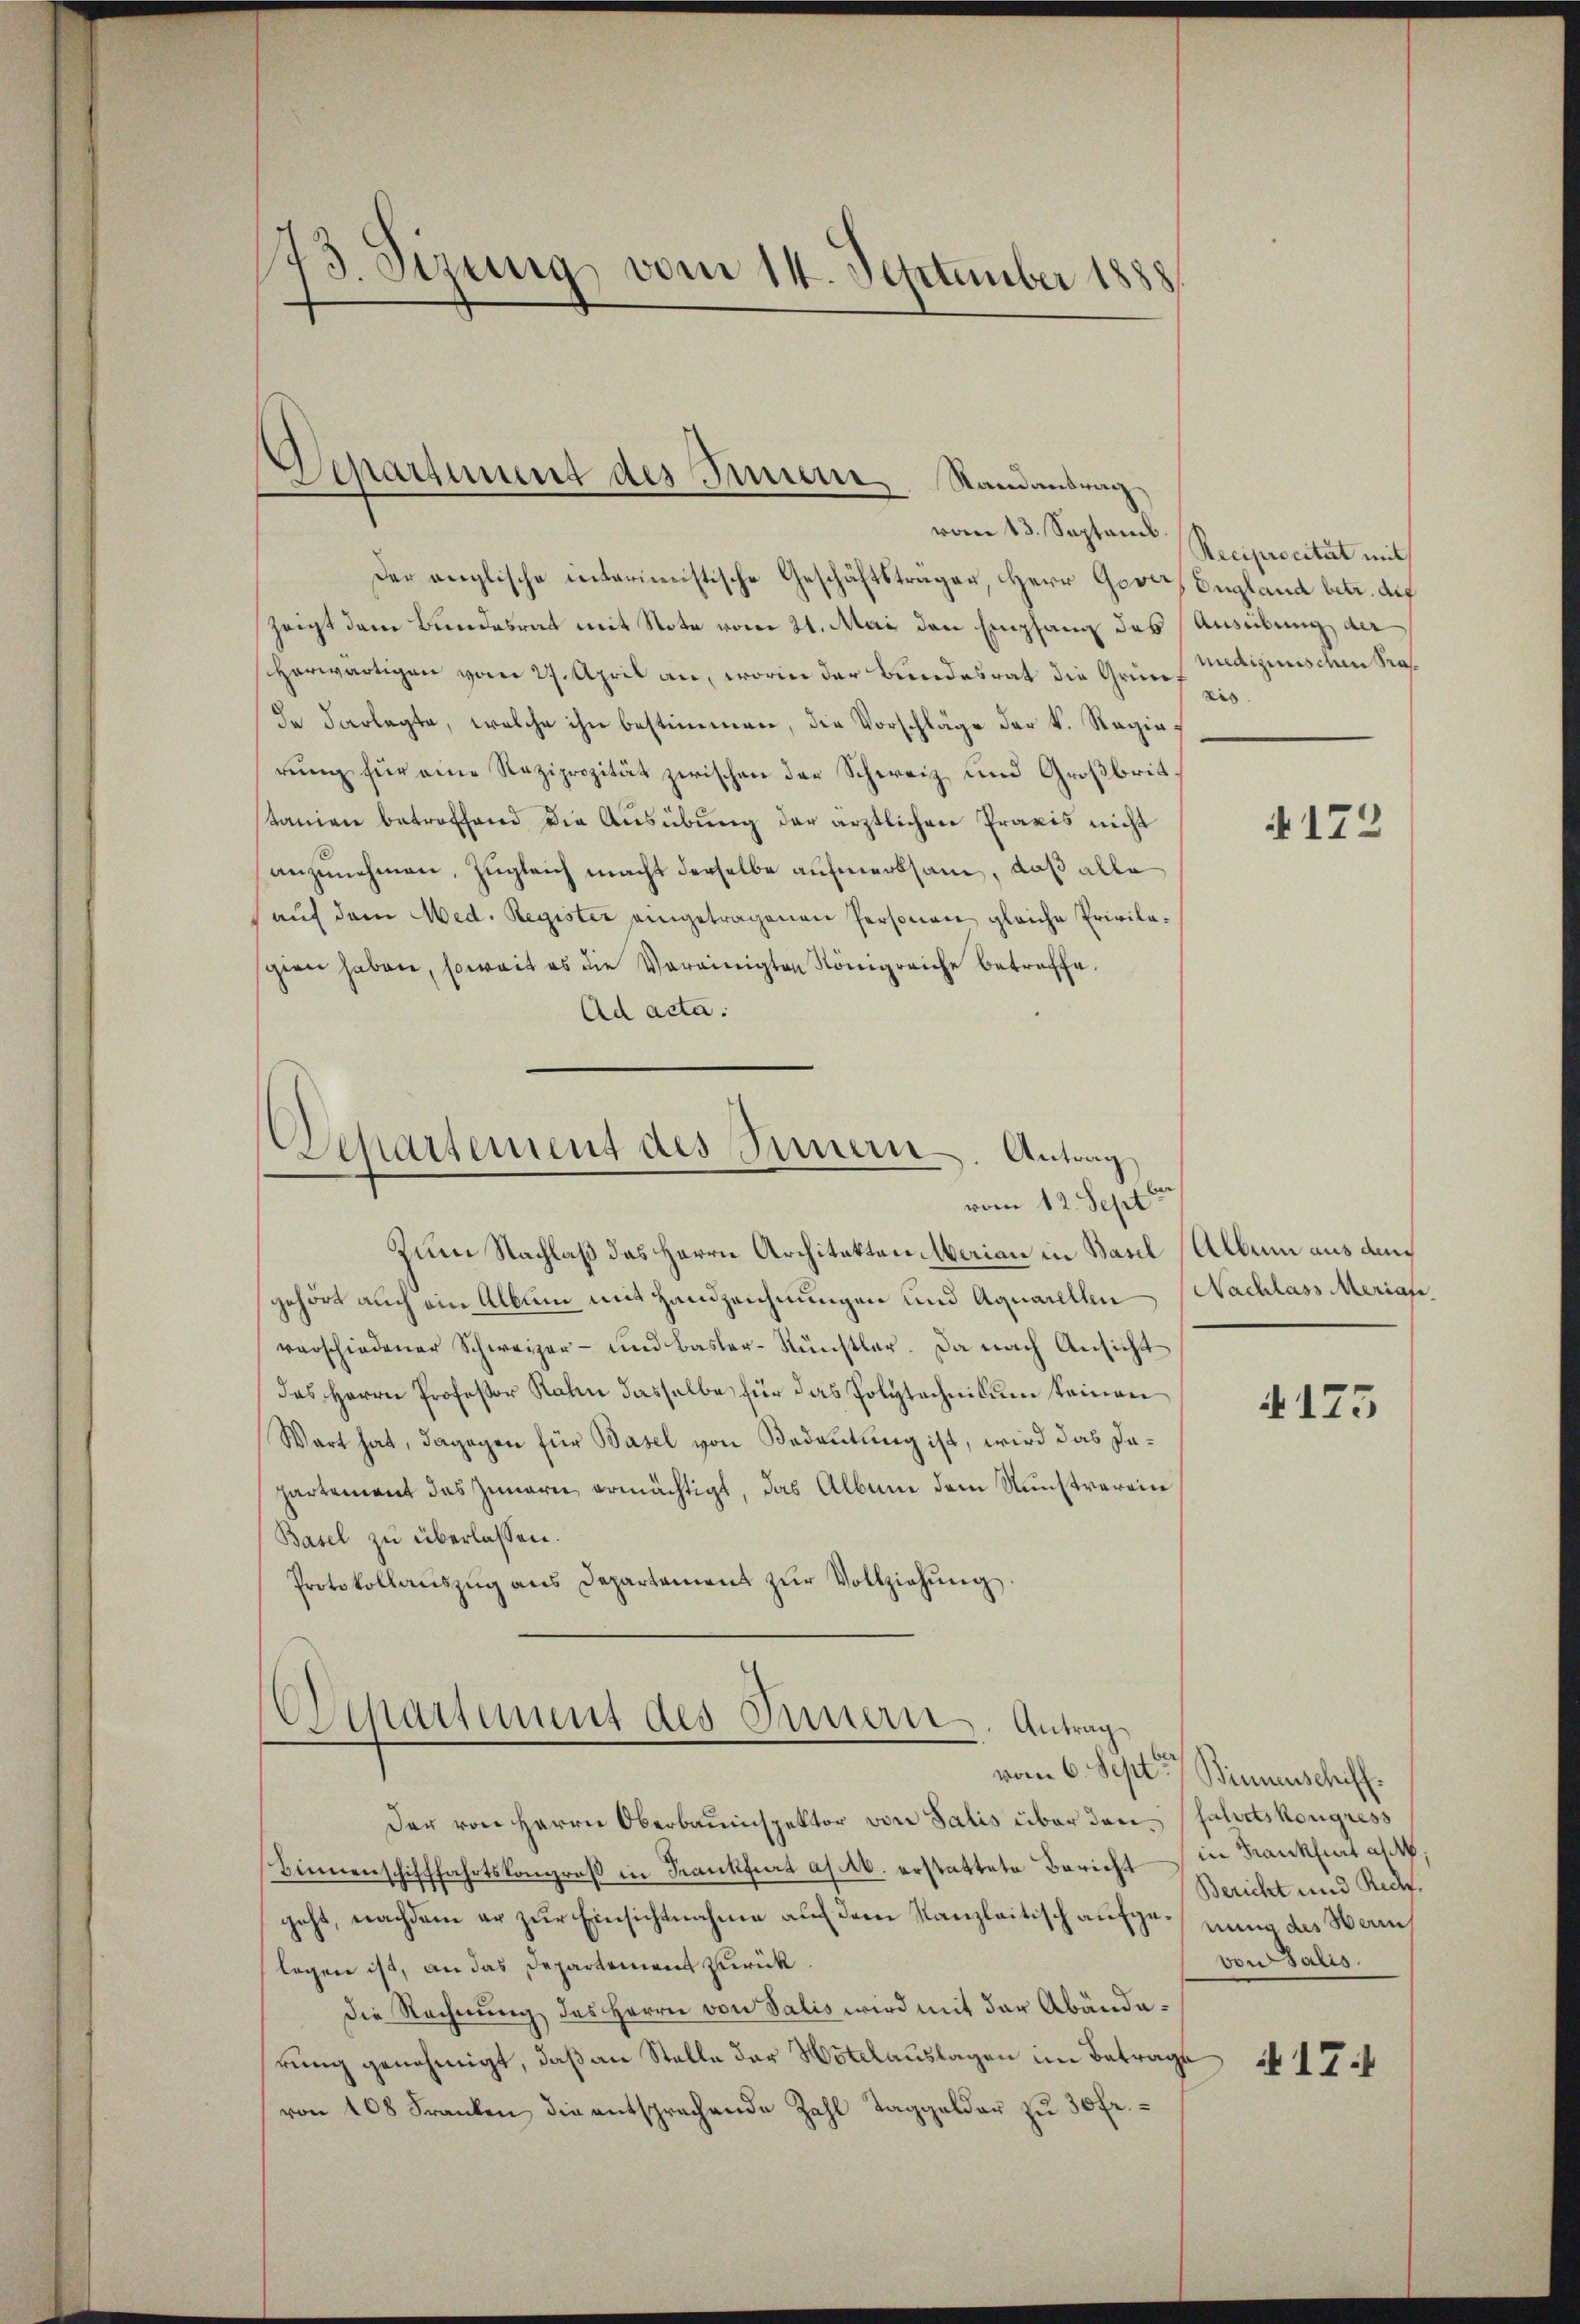
73. Sizung vom 14. September 1888

Departement des Innere Randantrag
vom 13. Septemb.

Der englische interimistische Geschäftsträger, Herr Gover, England betr. auf
zeigt dem Bundesrat mit Note vom 21. Mai den Empfang des Ausübung der
herwärtigen vom 27. April an, worin der Bundesrat die Grünf zisde Darlegte, welche ihn bestimmen, die Vorschläge der k. Regierung für eine Reziprozität zwischen der Schweiz und Großbrit
tanien betroffend die Ausübung der ärztlichen Praxis nicht
anzunehmen, zugleich macht derselbe aufmerksam, daß alle
aŭf dem Med. Register eingetragenen Personen gleiche Privilasgien haben, soweit es die Vereinigten Königreiche betreffe.
Ad acta.

Departement des Sinnern. Antrag
vom 12. Sept

Zum Nachlaß das Herrn Architekten Merian in Basel (Album aus dam
gehört auch ein Album mit Handzeichnungen und Aquarellen Nachlass Meriale,
verschiedener Schweizer- und Basler-Rünstler. Da nach Ansicht
das Herrn Professor Rahn dasselbe für das Polytechnikum keinen
Wart hat, dagegen für Basel von Bedeutung ist, wird das Dapartement das Innern ermächtigt, das Album dem Kunstrarein
Basel zu überlassen.
Protokollaŭszŭg ans Departement zŭr Vollziehung

Departement des Innern, Antrag

vom 6. Sept. Binnenschiff.

Reciprocität mit
medizinische Pra¬

Der von Herrn Oberbauinspektor von Salis über den fahrtskongress
Binnenschifffahrtskongroß in Frankfurt as ab. erstattete Bericht in Krankheit a M.
geht, nachdem er zur Einsichtnahme auf dem Kanzleitisch aufge-nung des Herrn
logen ist, an das Departement zurück.
die Rechnung des Herrn von Salis wird mit der Abänderung genehmigt, daß an Stelle der Hotelauslagen im Betrage
von 168 Franken, die entsprechende Zahl Taggelder zu 30 Fr.

4173

¬

4125

Bericht und Rede.
von Salis.

417.